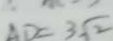
A D = 3 \sqrt { 2 }